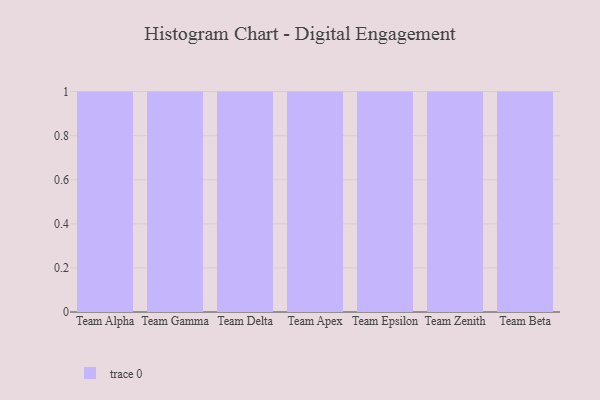
{"axis": {"x": "Team", "y": "Waste Production (Tons)"}, "legend": [""], "data": [{"x": "Team Alpha", "y": 41, "type": ""}, {"x": "Team Gamma", "y": 30, "type": ""}, {"x": "Team Delta", "y": 70, "type": ""}, {"x": "Team Apex", "y": 58, "type": ""}, {"x": "Team Epsilon", "y": 34, "type": ""}, {"x": "Team Zenith", "y": 85, "type": ""}, {"x": "Team Beta", "y": 24, "type": ""}]}